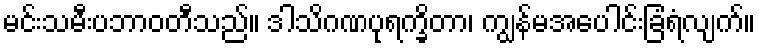
မင်းသမီးပဘာဝတီသည်။ ဒါသိဂဏပုရက္ခိတာ၊ ကျွန်မအပေါင်းခြံရံလျက်။